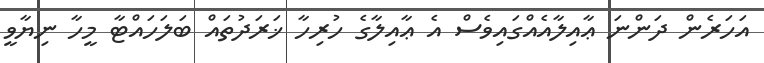
އަހަރެން ދަންނަ ޢާއިލާއެއްގައިވެސް އެ ޢާއިލާގެ ހުރިހާ ޚަރަދުތައް ބަލަހައްޓާ މީހާ ނިޔާވީ